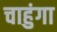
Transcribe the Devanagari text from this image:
चाहुंगा